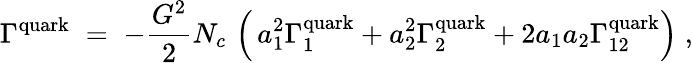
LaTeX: \Gamma^{\mathrm{quark}}\; =\; -\frac{G^{2}}{2}N_{c}\, \left(\, a_{1}^{2}\Gamma_{1}^{\mathrm{quark}}+a_{2}^{2}\Gamma_{2}^{\mathrm{quark}}+2a_{1}a_{2}\Gamma_{12}^{\mathrm{quark}}\right)\; ,